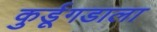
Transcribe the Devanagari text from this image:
कुर्डूगडाला